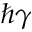
\! \hbar \gamma